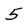
Character: 5